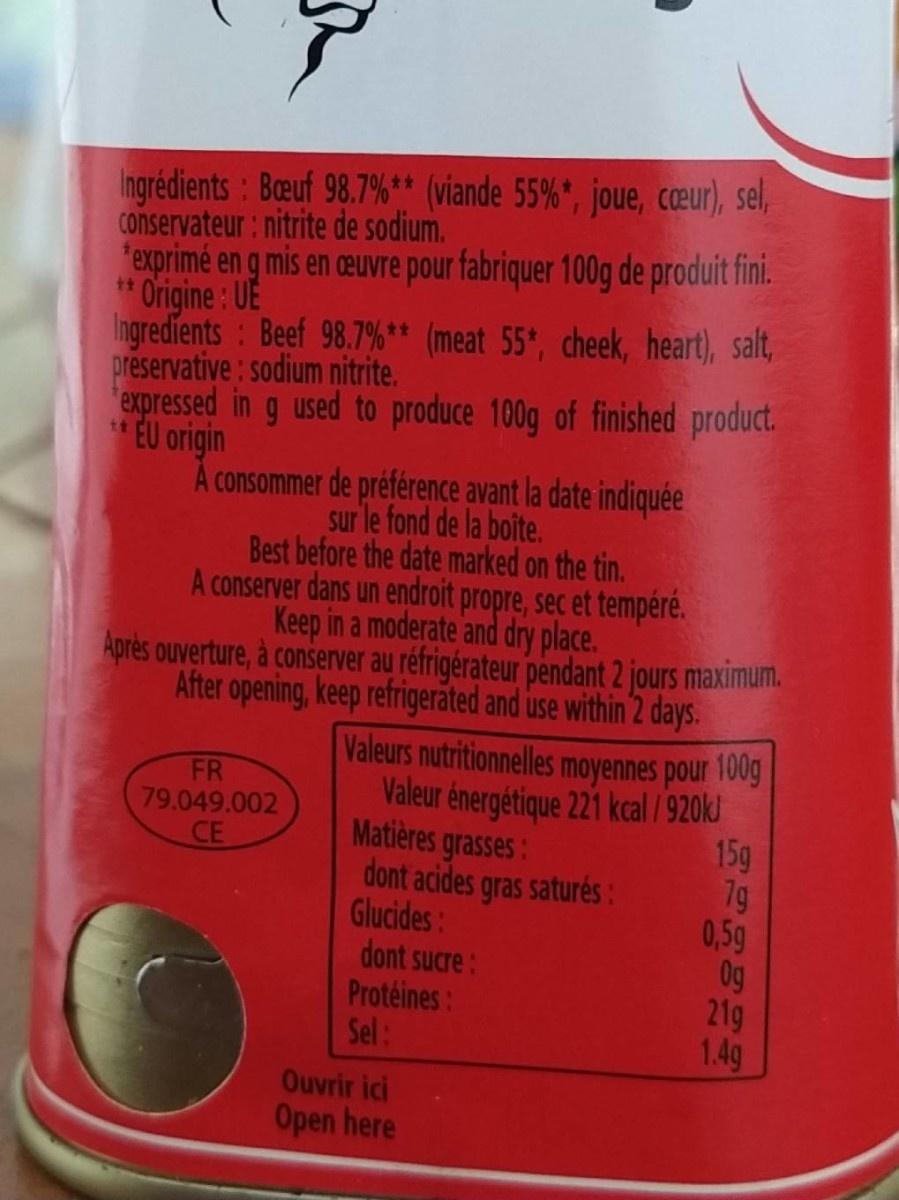
Ingrédients : Beuf 98.7%** (viande 55%*, joue, ceur), sel,
Conservateur: nitrite de sodium.
exprimé en g mis en ceuvre pour fabriquer 100g de produit fini.
* Origine : UE
Ingredients : Beef 98.7%** (meat 55*, cheek, heart), salt,
preservative: sodium nitrite.
expressed in g used to produce 100g of finished product.
EU origin
tt
A consommer de préférence avant la date indiquée
sur le fond de la boite.
Best before the date marked on the tin.
A conserver dans un endroit propre, sec et tempéré.
Keep in a moderate and dry place.
Après ouverture, à conserver au réfrigérateur pendant 2 jours maximum. After opening, keep refrigeräted and use within 2 days. Valeurs nutritionnelles moyennes pour 100g Valeur énergétique 221 kcal /920kJ 15g 7g 0,5g 0g 21g 1.4g
FR 79.049.002 CE
Matières grasses:
dont acides gras saturés:
Glucides: dont sucre: Protéines: Sel:
Ouvrir ici Open here